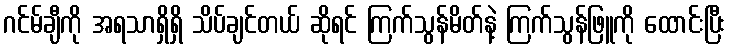
ဂင်မ်ချီကို အရသာရှိရှိ သိပ်ချင်တယ် ဆိုရင် ကြက်သွန်မိတ်နဲ့ ကြက်သွန်ဖြူကို ထောင်းပြီး